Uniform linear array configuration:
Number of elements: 64
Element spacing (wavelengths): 0.75
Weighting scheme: cosine
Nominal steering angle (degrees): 60
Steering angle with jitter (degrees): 59.446
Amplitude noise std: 0.05
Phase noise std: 0.05

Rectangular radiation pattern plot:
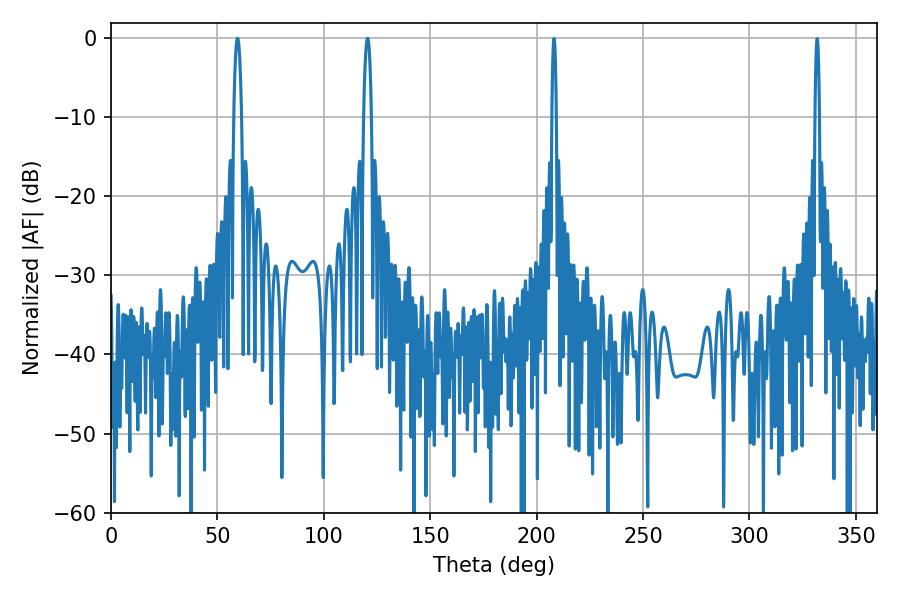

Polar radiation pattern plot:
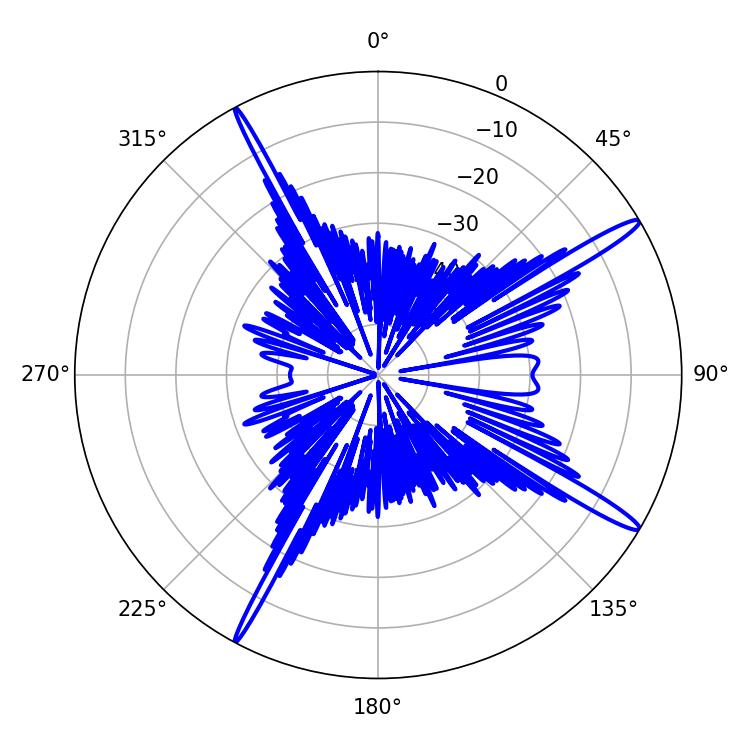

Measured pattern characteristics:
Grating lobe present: TRUE
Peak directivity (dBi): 16.111
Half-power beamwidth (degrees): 1.98
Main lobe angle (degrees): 59.4